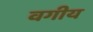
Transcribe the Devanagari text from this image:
वगीय